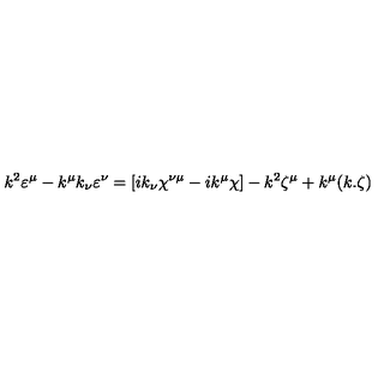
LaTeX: k ^ { 2 } \varepsilon ^ { \mu } - k ^ { \mu } k _ { \nu } \varepsilon ^ { \nu } = [ i k _ { \nu } \chi ^ { \nu \mu } - i k ^ { \mu } \chi ] - k ^ { 2 } \zeta ^ { \mu } + k ^ { \mu } ( k . \zeta )